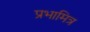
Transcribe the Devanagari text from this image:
प्रभामित्र